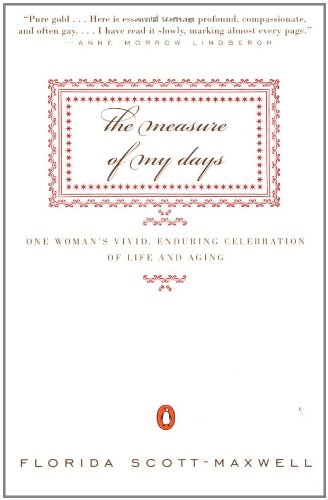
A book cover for The Measure of My Days; Florida Scott-Maxwell; Biographies & Memoirs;